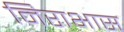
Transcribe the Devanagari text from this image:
निराभास